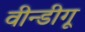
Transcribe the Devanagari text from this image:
वीन्डीगू